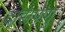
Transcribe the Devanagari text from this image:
दासपणुं